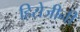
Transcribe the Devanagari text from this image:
हिरोजीनी